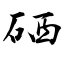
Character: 硒